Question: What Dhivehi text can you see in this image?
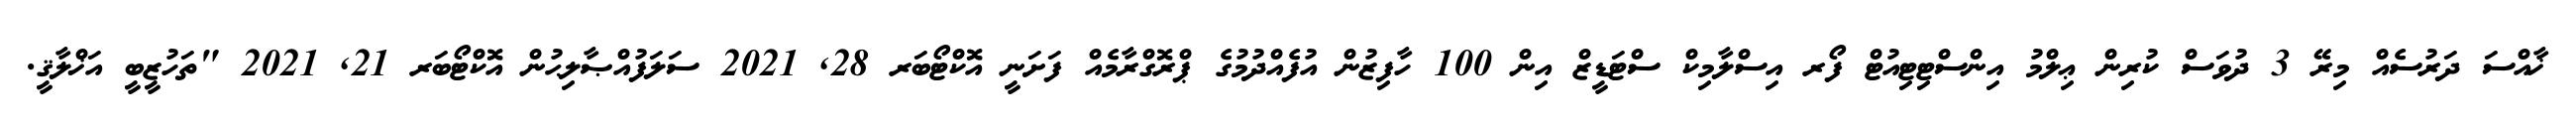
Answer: ޚާއްސަ ދަރުސެއް މިރޭ 3 ދުވަސް ކުރިން ޢިލްމު އިންސްޓިޓިއުޓް ފޯރ އިސްލާމިކް ސްޓަޑީޒް އިން 100 ހާފިޒުން އުފެއްދުމުގެ ޕްރޮގްރާމެއް ފަށަނީ އޮކްޓޯބަރ 28, 2021 ސަލަފުއްޞާލިޙުން އޮކްޓޯބަރ 21, 2021 "ތަހުޒީބީ އަޚްލާޤީ.